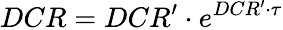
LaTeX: DCR=DCR^{\prime}\cdot e^{DCR^{\prime}\cdot\tau}